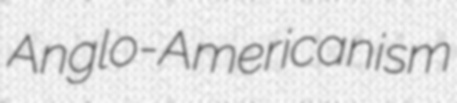
Anglo-Americanism